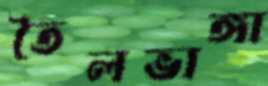
তৈলভাঙ্গা